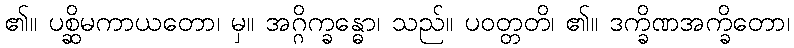
၏။ ပစ္ဆိမကာယတော၊ မှ။ အဂ္ဂိက္ခန္ဓော၊ သည်။ ပဝတ္တတိ၊ ၏။ ဒက္ခိဏအက္ခိတော၊